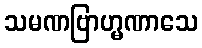
သမဏဗြာဟ္မဏာသေ